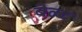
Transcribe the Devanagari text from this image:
बेल्‍ट